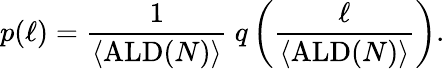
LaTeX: p(\ell)=\frac 1{\langle\mathrm{ALD}(N)\rangle}\ q\left(\frac{\ell}{\langle\mathrm{ALD}(N)\rangle}\right).